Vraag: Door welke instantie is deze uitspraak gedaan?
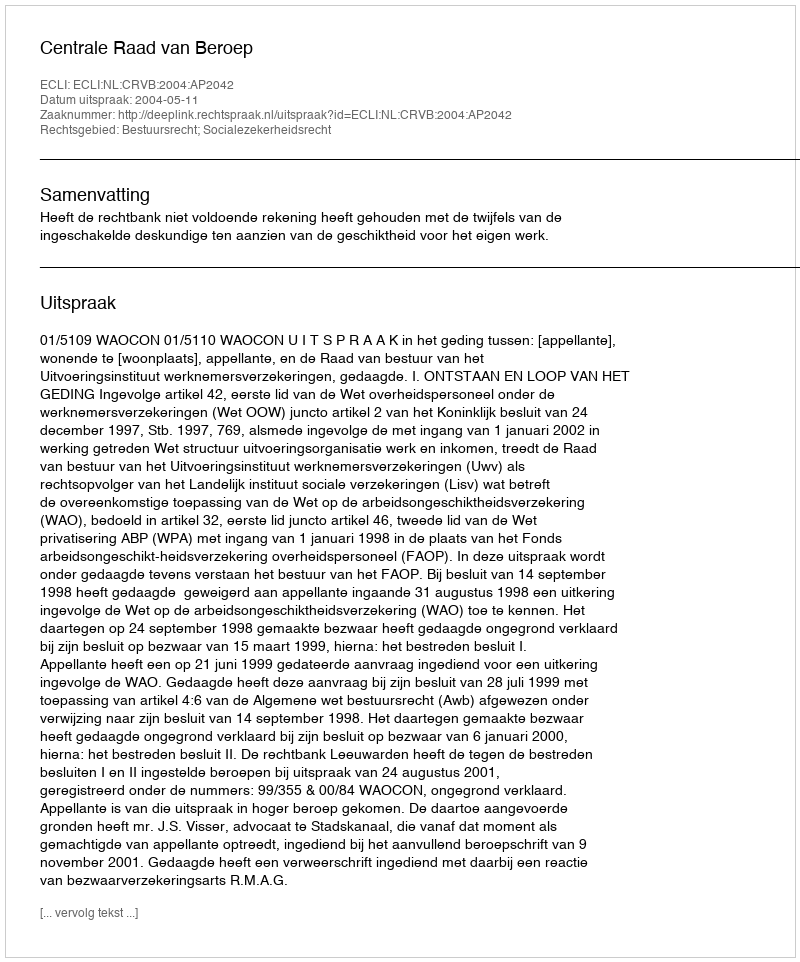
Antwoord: Centrale Raad van Beroep